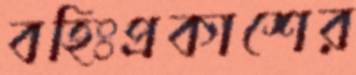
বহিঃপ্রকাশের